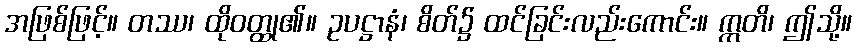
အဖြစ်ဖြင့်။ တဿ၊ ထိုဝတ္ထု၏။ ဥပဋ္ဌာနံ၊ စိတ်၌ ထင်ခြင်းလည်းကောင်း။ ဣတိ၊ ဤသို့။